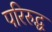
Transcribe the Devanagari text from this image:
परिरुद्ध